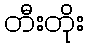
တီးတိုး